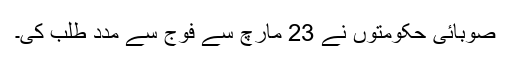
صوبائی حکومتوں نے 23 مارچ سے فوج سے مدد طلب کی۔